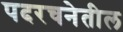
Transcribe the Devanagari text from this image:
पदरचनेतील